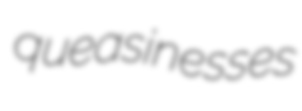
queasinesses